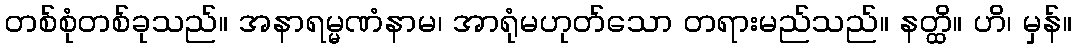
တစ်စုံတစ်ခုသည်။ အနာရမ္မဏံနာမ၊ အာရုံမဟုတ်သော တရားမည်သည်။ နတ္ထိ။ ဟိ၊ မှန်။